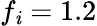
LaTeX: f_{\mathit{i}}=1.2